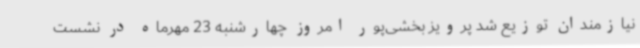
نیازمندان توزیع شد پرویز بخشی‌پور امروز چهارشنبه 23 مهرماه در نشست